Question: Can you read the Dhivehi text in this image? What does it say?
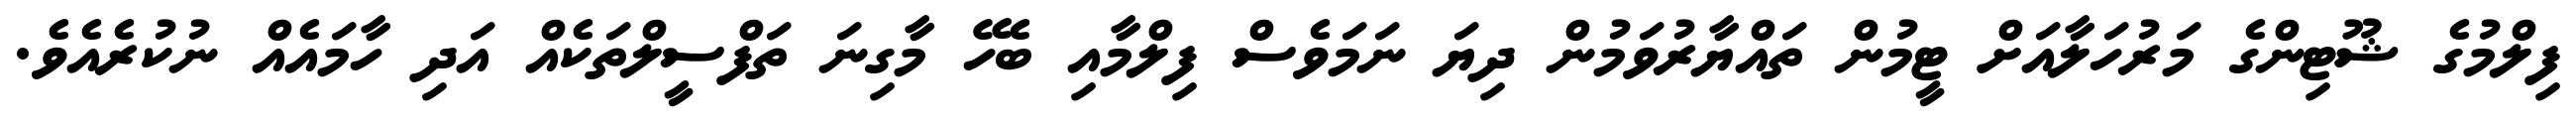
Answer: ފިލްމުގެ ޝޫޓިންގެ މަރުހަލާއަށް ޓީމުން ތައްޔާރުވަމުން ދިޔަ ނަމަވެސް ފިލްމާއި ބެހޭ މާގިނަ ތަފްސީލްތަކެއް އަދި ހާމައެއް ނުކުރެއެވެ.